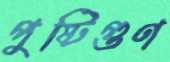
পুষ্টিগুণ